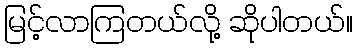
မြင့်လာကြတယ်လို့ ဆိုပါတယ်။